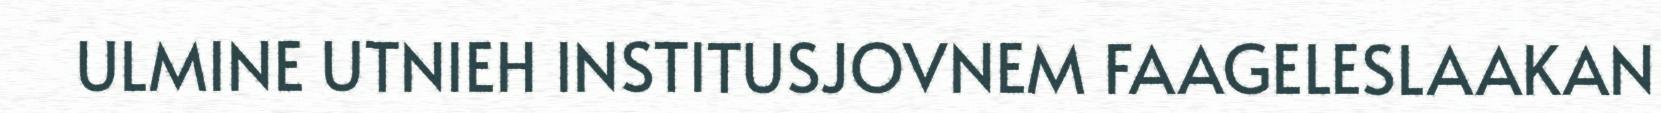
ULMINE UTNIEH INSTITUSJOVNEM FAAGELESLAAKAN